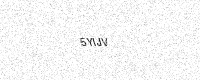
Text: 5YIJV